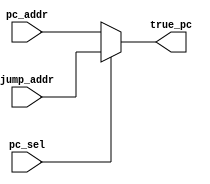
module pc_mux(pc_addr, jump_addr, pc_sel, true_pc);
    input pc_sel;
    input[31:0] pc_addr, jump_addr;
    output reg[31:0] true_pc;

    always@(*)
    begin
        if(pc_sel == 1'b1)
        begin
            true_pc = jump_addr;
        end
        else
        begin
            true_pc = pc_addr;
        end
    end
endmodule